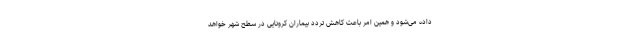
داده می‌شود و همین امر باعث کاهش تردد بیماران کرونایی در سطح شهر خواهد